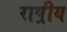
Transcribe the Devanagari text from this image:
राष्रीय